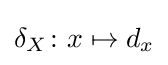
\delta _{X}\colon x\mapsto d_{x}